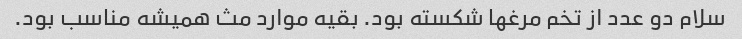
سلام دو عدد از تخم مرغها شکسته بود. بقیه موارد مث همیشه مناسب بود.